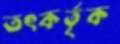
তৎকর্তৃক